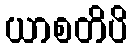
ယာစတိပိ